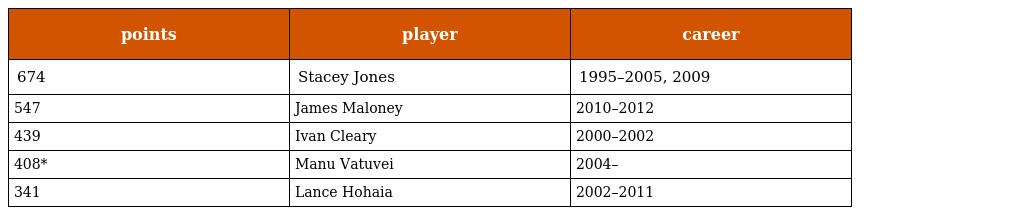
| points | player | career |
 | --- | --- | --- |
 | 674 | Stacey Jones | 1995–2005, 2009 |
 | 547 | James Maloney | 2010–2012 |
 | 439 | Ivan Cleary | 2000–2002 |
 | 408* | Manu Vatuvei | 2004– |
 | 341 | Lance Hohaia | 2002–2011 |